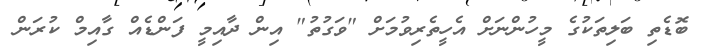
ބޮޑެތި ބަލިތަކުގެ މީހުންނަށް އެހީތެރިވުމަށް "ވަގުތު" އިން ދާއިމީ ފަންޑެއް ގާއިމް ކުރަން